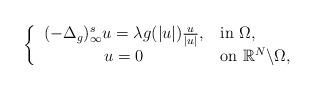
LaTeX: \begin{align*} \left\{ \begin{tabular}{ll} $(-\Delta_g)_{\infty}^su=\lambda g(|u|)\frac{u}{|u|}$, &in $\Omega$, \\ $\mkern+65mu u=0$ &on $\mathbb{R}^N\backslash\Omega$, \end{tabular} \right.\end{align*}